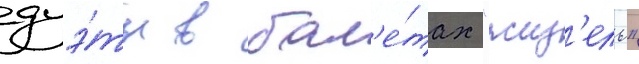
дуэ́ты в бал'е́тах "жиз'ель"